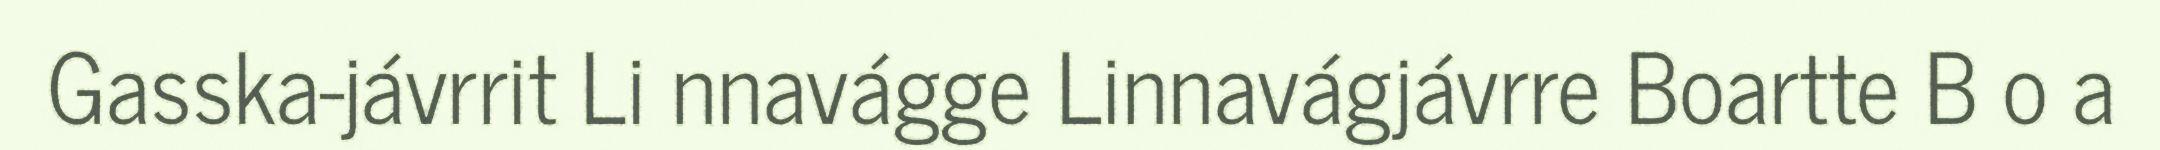
Gasska-jávrrit Li nnavágge Linnavágjávrre Boartte B o a